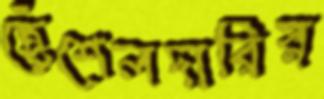
হেঁশেলদারির